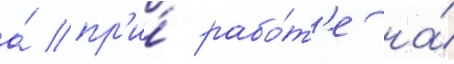
а́ пр'и́ рабо́т'е на́